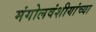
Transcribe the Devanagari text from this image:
मंगोलवंशीयांच्या